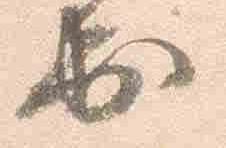
出